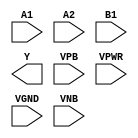
module sky130_fd_sc_hdll__o21ai (
    //# {{data|Data Signals}}
    input  A1  ,
    input  A2  ,
    input  B1  ,
    output Y   ,

    //# {{power|Power}}
    input  VPB ,
    input  VPWR,
    input  VGND,
    input  VNB
);
endmodule